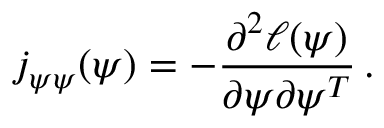
j _ { \boldsymbol { \psi } \boldsymbol { \psi } } ( \boldsymbol { \psi } ) = - \frac { \partial ^ { 2 } \ell ( \boldsymbol { \psi } ) } { \partial \boldsymbol { \psi } \partial \boldsymbol { \psi } ^ { T } } \, .